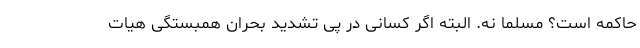
حاکمه است؟ مسلما نه. البته اگر کسانی در پی تشدید بحران همبستگی هیات